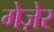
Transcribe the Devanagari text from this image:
गेज़ेर